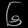
Digit: ၆